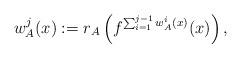
LaTeX: \begin{align*}w_A^j(x):=r_A\left(f^{\sum_{i=1}^{j-1}w_A^i(x)}(x)\right),\end{align*}